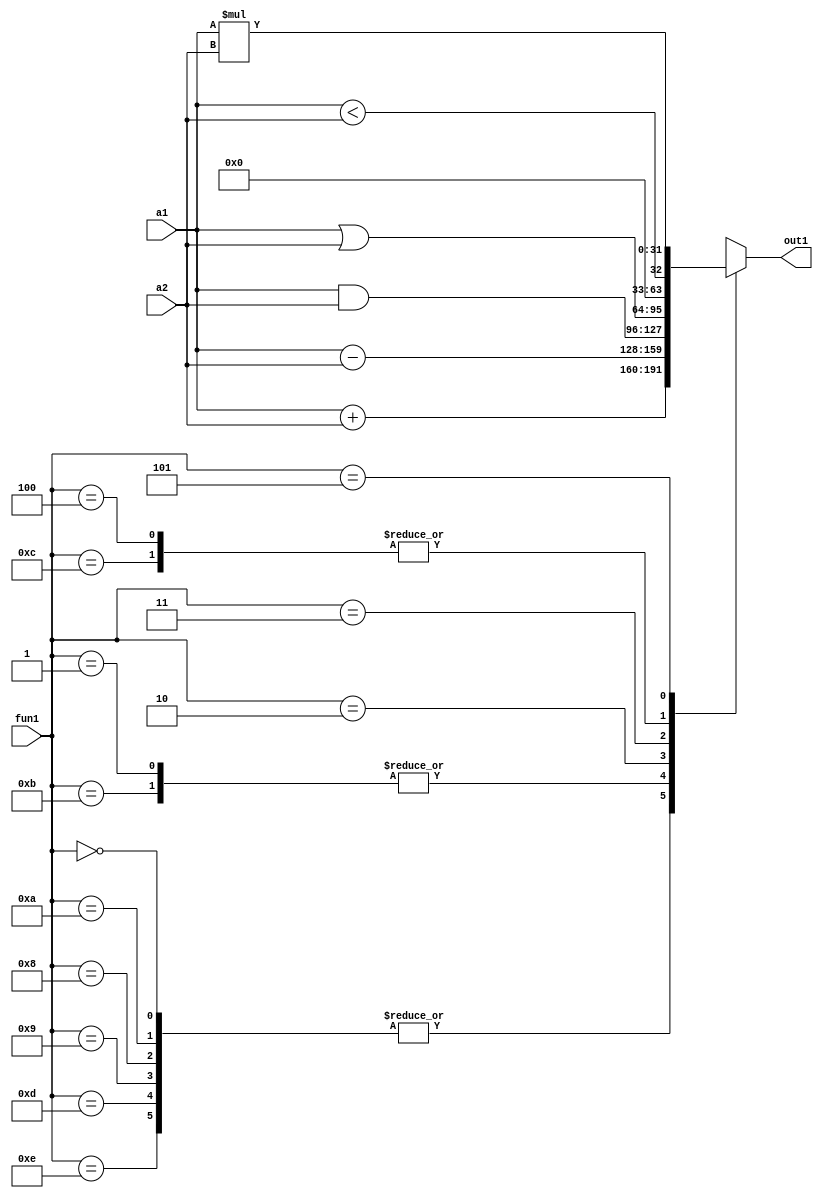
`timescale 1ns / 1ps

module test_ALU(
    input [31:0] a1,
    input [31:0] a2,
    output [31:0] out1,
    input [5:0] fun1
    );


parameter ADD =6'b000000, ADDI =6'b001010, LW =6'b001000, BNEQZ =6'b001101,
          SUB =6'b000001, SUBI =6'b001011, SW =6'b001001, BEQZ  =6'b001110,
		  AND =6'b000010, SLTI =6'b001100,
		  OR  =6'b000011,
		  SLT =6'b000100,
		  MUL =6'b000101 ;
			 
			 
			 
reg[31:0] out;


assign out1 = out;
 
always@(fun1,a1,a2)
 begin 
	  case(fun1)
		  ADD,ADDI,LW,SW,BNEQZ,BEQZ : out =  a1 + a2 ;
		  SUB,SUBI                  : out =  a1 - a2 ;
		  AND                       : out =  a1 & a2 ;
		  OR                        : out =  a1 | a2 ;
		  SLT,SLTI                  : out = a1 < a2 ;
		  MUL                       : out =  a1 * a2 ;
		  default                   : out=  32'hxxxxxxxx ;
	  endcase
 end
 


endmodule